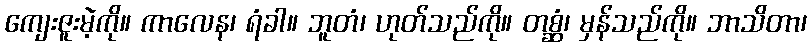
ကျေးဇူးမဲ့ကို။ ကာလေန၊ ရံခါ။ ဘူတံ၊ ဟုတ်သည်ကို။ တစ္ဆံ၊ မှန်သည်ကို။ ဘာသိတာ၊